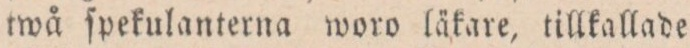
twå ſpekulanterna woro läkare, tillkallade